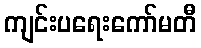
ကျင်းပရေးကော်မတီ